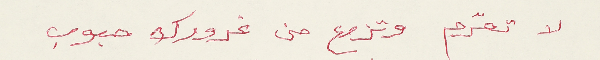
لا تعّرِم وتزوع من غرورك حبوب